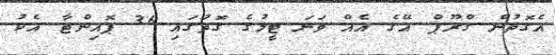
އެގޮތުން ގްރޫޕް އޭގެ އެއް ވަނަ ޓީމުގެ ގޮތުގައި 36 ޕޮއިންޓާ އެކު